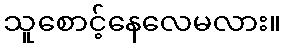
သူစောင့်နေလေမလား။